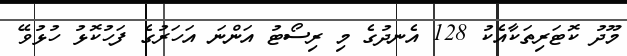
މޫދު ކޮޓަރިތަކާއެކު 128 އެނދުގެ މި ރިސޯޓު އަންނަ އަހަރުގެ ފަހުކޮޅު ހުޅުވޭ